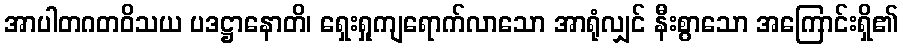
အာပါတဂတဝိသယ ပဒဋ္ဌာနောတိ၊ ရှေးရှုကျရောက်လာသော အာရုံလျှင် နီးစွာသော အကြောင်းရှိ၏